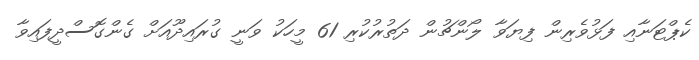
ކެޕްޓަނާއި ފަޅުވެރިން ފިޔަވާ ލޯންޗުން ދަތުރުކުރި 61 މީހަކު ވަނީ ގުރައިދޫއަށް ގެންގޮސްދީފައިވާ